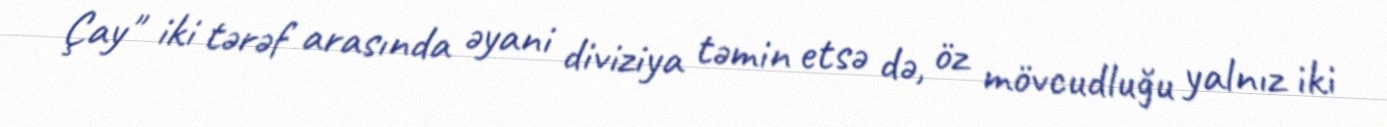
Çay" iki tərəf arasında əyani diviziya təmin etsə də, öz mövcudluğu yalnız iki